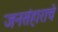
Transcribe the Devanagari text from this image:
जनसंहाराचे